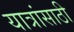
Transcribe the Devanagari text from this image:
यात्रांसाठी